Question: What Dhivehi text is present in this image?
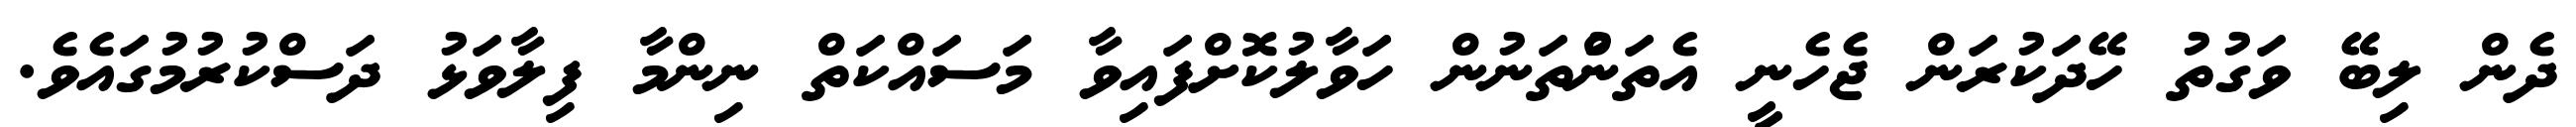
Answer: ދެން ލިބޭ ވަގުތު ހޭދަކުރަން ޖެހެނީ އެތަންުތަނުން ހަވާލުކޮށްފައިވާ މަސައްކަތް ނިންމާ ފިލާވަޅު ދަސްކުރުމުގައެވެ.